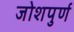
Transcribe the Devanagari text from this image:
जोशपुर्ण